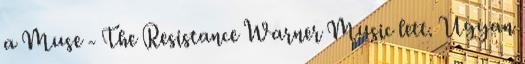
a Muse - The Resistance Warner Music lett. Ugyan